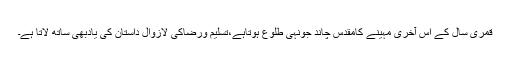
قمری سال کے اس آخری مہینے کامقدس چاند جونہی طلوع ہوتاہے،تسلیم ورضاکی لازوال داستان کی یادبھی ساتھ لاتا ہے۔